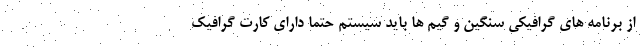
از برنامه های گرافیکی سنگین و گیم ها باید سیستم حتما دارای کارت گرافیک